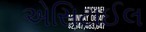
એસિટાઈલ